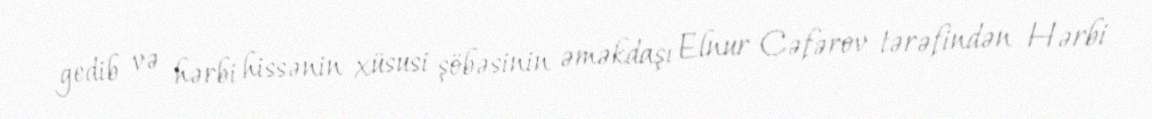
gedib və hərbi hissənin xüsusi şöbəsinin əməkdaşı Elnur Cəfərov tərəfindən Hərbi